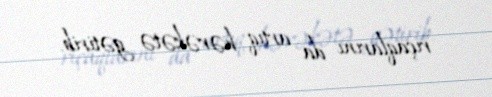
rıçaqlarını da artıq hərəkətə gətirib.